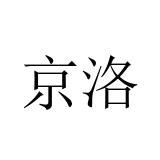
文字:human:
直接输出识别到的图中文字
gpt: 京洛